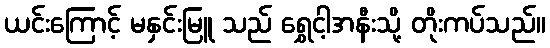
ယင်းကြောင့် မနှင်းမြူ သည် ရွှေငါ့အနီးသို့ တိုးကပ်သည်။